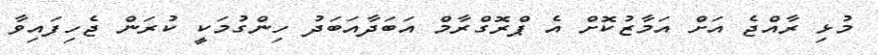
މުޅި ރާއްޖެ އަށް އަމާޒުކޮށް އެ ޕްރޮގްރާމް އަބަދާއަބަދު ހިންގުމަކީ ކުރަން ޖެހިފައިވާ